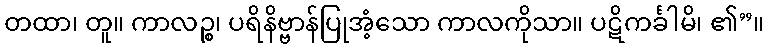
တထာ၊ တူ။ ကာလဉ္စ၊ ပရိနိဗ္ဗာန်ပြုအံ့သော ကာလကိုသာ။ ပဋိကင်္ခါမိ၊ ၏”။